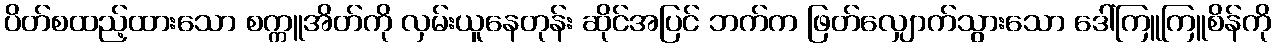
ပိတ်စထည့်ထားသော စက္ကူအိတ်ကို လှမ်းယူနေတုန်း ဆိုင်အပြင် ဘက်က ဖြတ်လျှောက်သွားသော ဒေါ်ကြူကြူစိန်ကို